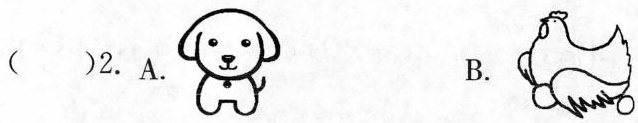
( )2.A. B.